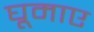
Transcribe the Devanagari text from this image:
घूमाए